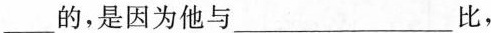
___的，是因为他与___比，